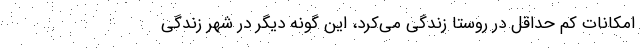
امکانات کم حداقل در روستا زندگی می‌کرد، این گونه دیگر در شهر زندگی